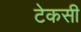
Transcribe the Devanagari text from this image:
टेकसी